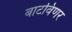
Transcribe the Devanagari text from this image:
बाटविणर